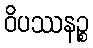
ဝိပဿနဉ္စ